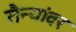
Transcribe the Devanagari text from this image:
सैन्यांवर